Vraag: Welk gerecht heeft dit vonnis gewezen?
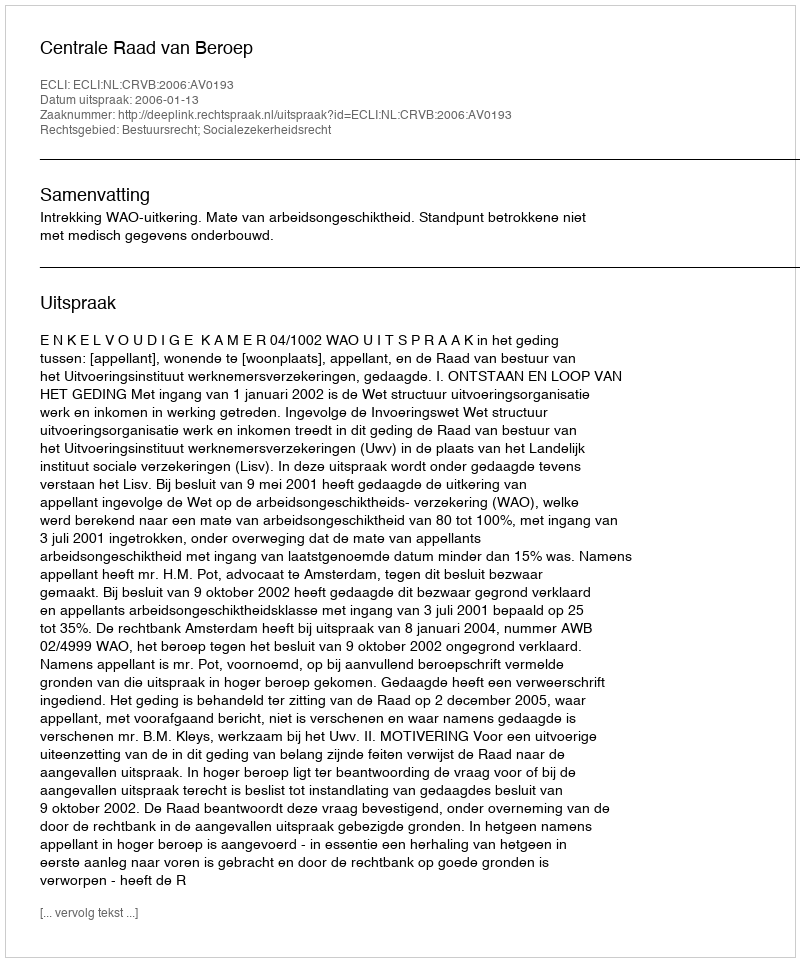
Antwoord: Centrale Raad van Beroep